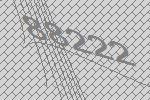
88222